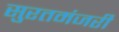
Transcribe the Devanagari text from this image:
सुरतमंजरी